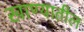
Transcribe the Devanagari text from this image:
खाण्यातील